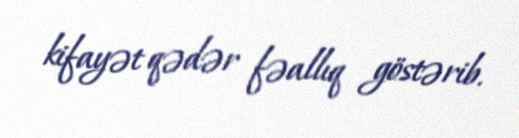
kifayət qədər fəallıq göstərib.